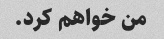
من خواهم کرد.